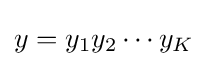
y=y_{1}y_{2}\cdots y_{K}